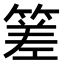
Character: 𥰭